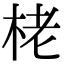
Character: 栳